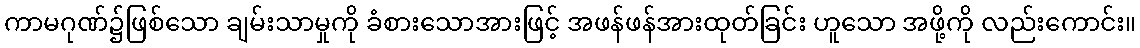
ကာမဂုဏ်၌ဖြစ်သော ချမ်းသာမှုကို ခံစားသောအားဖြင့် အဖန်ဖန်အားထုတ်ခြင်း ဟူသော အဖို့ကို လည်းကောင်း။